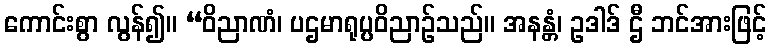
ကောင်းစွာ လွန်၍။ “ဝိညာဏံ၊ ပဌမာရုပ္ပဝိညာဉ်သည်။ အနန္တံ၊ ဥဒါဒ် ဌီ ဘင်အားဖြင့်